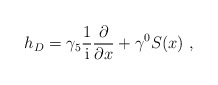
\begin{align*}h_D = {\gamma_5}\frac{1}{\rm i} \frac{\partial}{\partial x} +\gamma^0 S(x) \ , \end{align*}